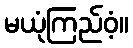
မယုံကြည်ဝံ့။